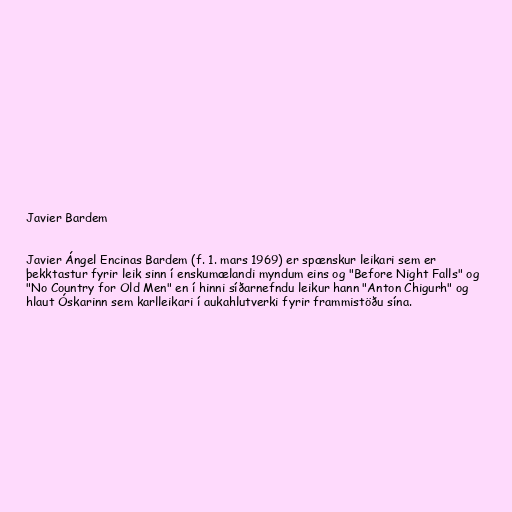
Javier Bardem

Javier Ángel Encinas Bardem (f. 1. mars 1969) er spænskur leikari sem er
þekktastur fyrir leik sinn í enskumælandi myndum eins og "Before Night Falls" og
"No Country for Old Men" en í hinni síðarnefndu leikur hann "Anton Chigurh" og
hlaut Óskarinn sem karlleikari í aukahlutverki fyrir frammistöðu sína.